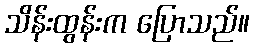
သိန်းထွန်းက ပြောသည်။